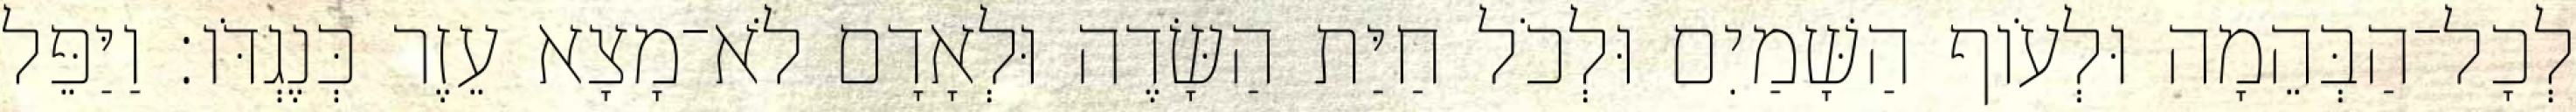
לְכָל־הַבְּהֵמָה וּלְעֹוף הַשָּׁמַיִם וּלְכֹל חַיַּת הַשָּׂדֶה וּלְאָדָם לֹא־מָצָא עֵזֶר כְּנֶגְדֹּו׃ וַיַּפֵּל